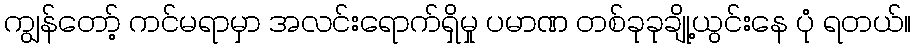
ကျွန်တော့် ကင်မရာမှာ အလင်းရောက်ရှိမှု ပမာဏ တစ်ခုခုချို့ယွင်းနေ ပုံ ရတယ်။